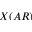
X ( A R )